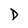
Character: D